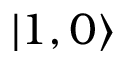
| 1 , 0 \rangle